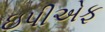
ઇપીએફ